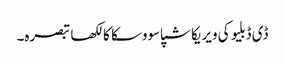
ڈی ڈبلیو کی ویریکا شپاسووسکا کا لکھا تبصرہ۔